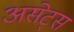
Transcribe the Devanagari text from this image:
असेट्स